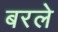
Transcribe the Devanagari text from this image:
बरले